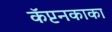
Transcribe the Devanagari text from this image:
कॅप्टनकाका